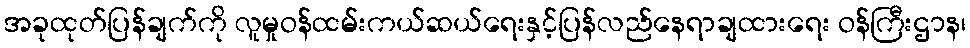
အခုထုတ်ပြန်ချက်ကို လူမှုဝန်ထမ်းကယ်ဆယ်ရေးနှင့်ပြန်လည်နေရာချထားရေး ဝန်ကြီးဌာန၊